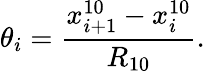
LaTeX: \theta_{i}=\frac{x_{i+1}^{10}-x_{i}^{10}}{R_{10}}.